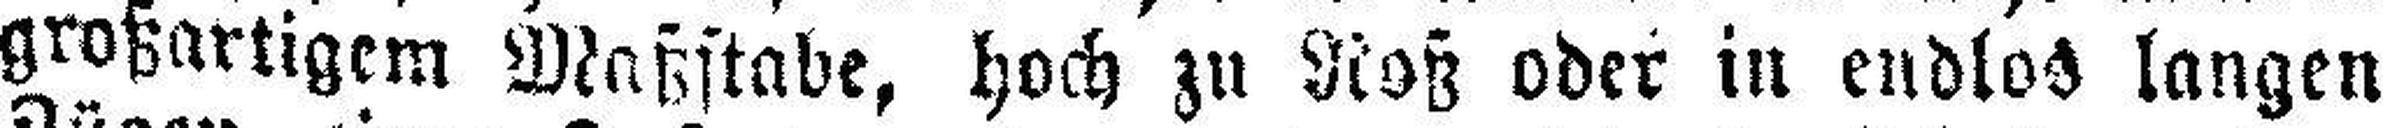
großartigem Maßstabe, hoch zu Roß oder in endlos langen